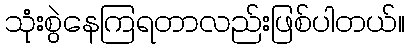
သုံးစွဲနေကြရတာလည်းဖြစ်ပါတယ်။